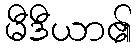
မီဒီယာ၏